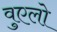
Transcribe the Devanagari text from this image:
वुएलो